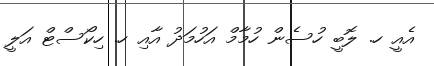
އެއީ ހ. ލޮބީ ހުސެން ހުމާމް އަހުމަދު އާއި ހ. ހިކޯސްޓް އަލީ